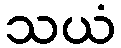
သယံ